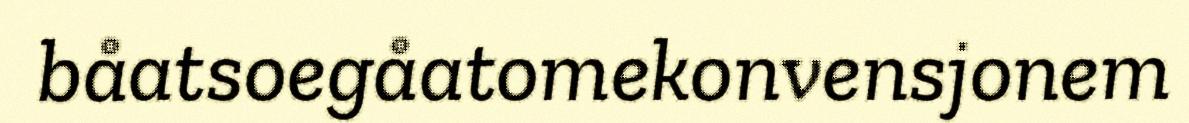
båatsoegåatomekonvensjonem